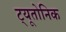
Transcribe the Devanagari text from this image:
ट्यूतोनिक